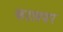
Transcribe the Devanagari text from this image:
कालपर